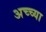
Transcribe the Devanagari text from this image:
अच्च्या